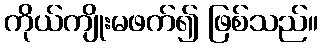
ကိုယ်ကျိုးမဖက်၍ ဖြစ်သည်။